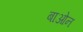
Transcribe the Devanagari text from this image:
बाओन